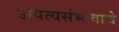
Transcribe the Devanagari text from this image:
अपत्यसंभावाचे